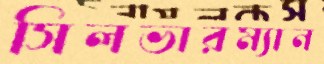
সিলভারম্যান